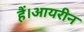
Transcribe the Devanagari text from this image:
हैं।आयरीन